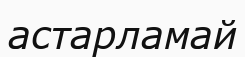
астарламай